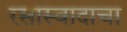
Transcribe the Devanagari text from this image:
रसास्वादाचा